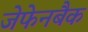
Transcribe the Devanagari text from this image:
जेफेनबैक